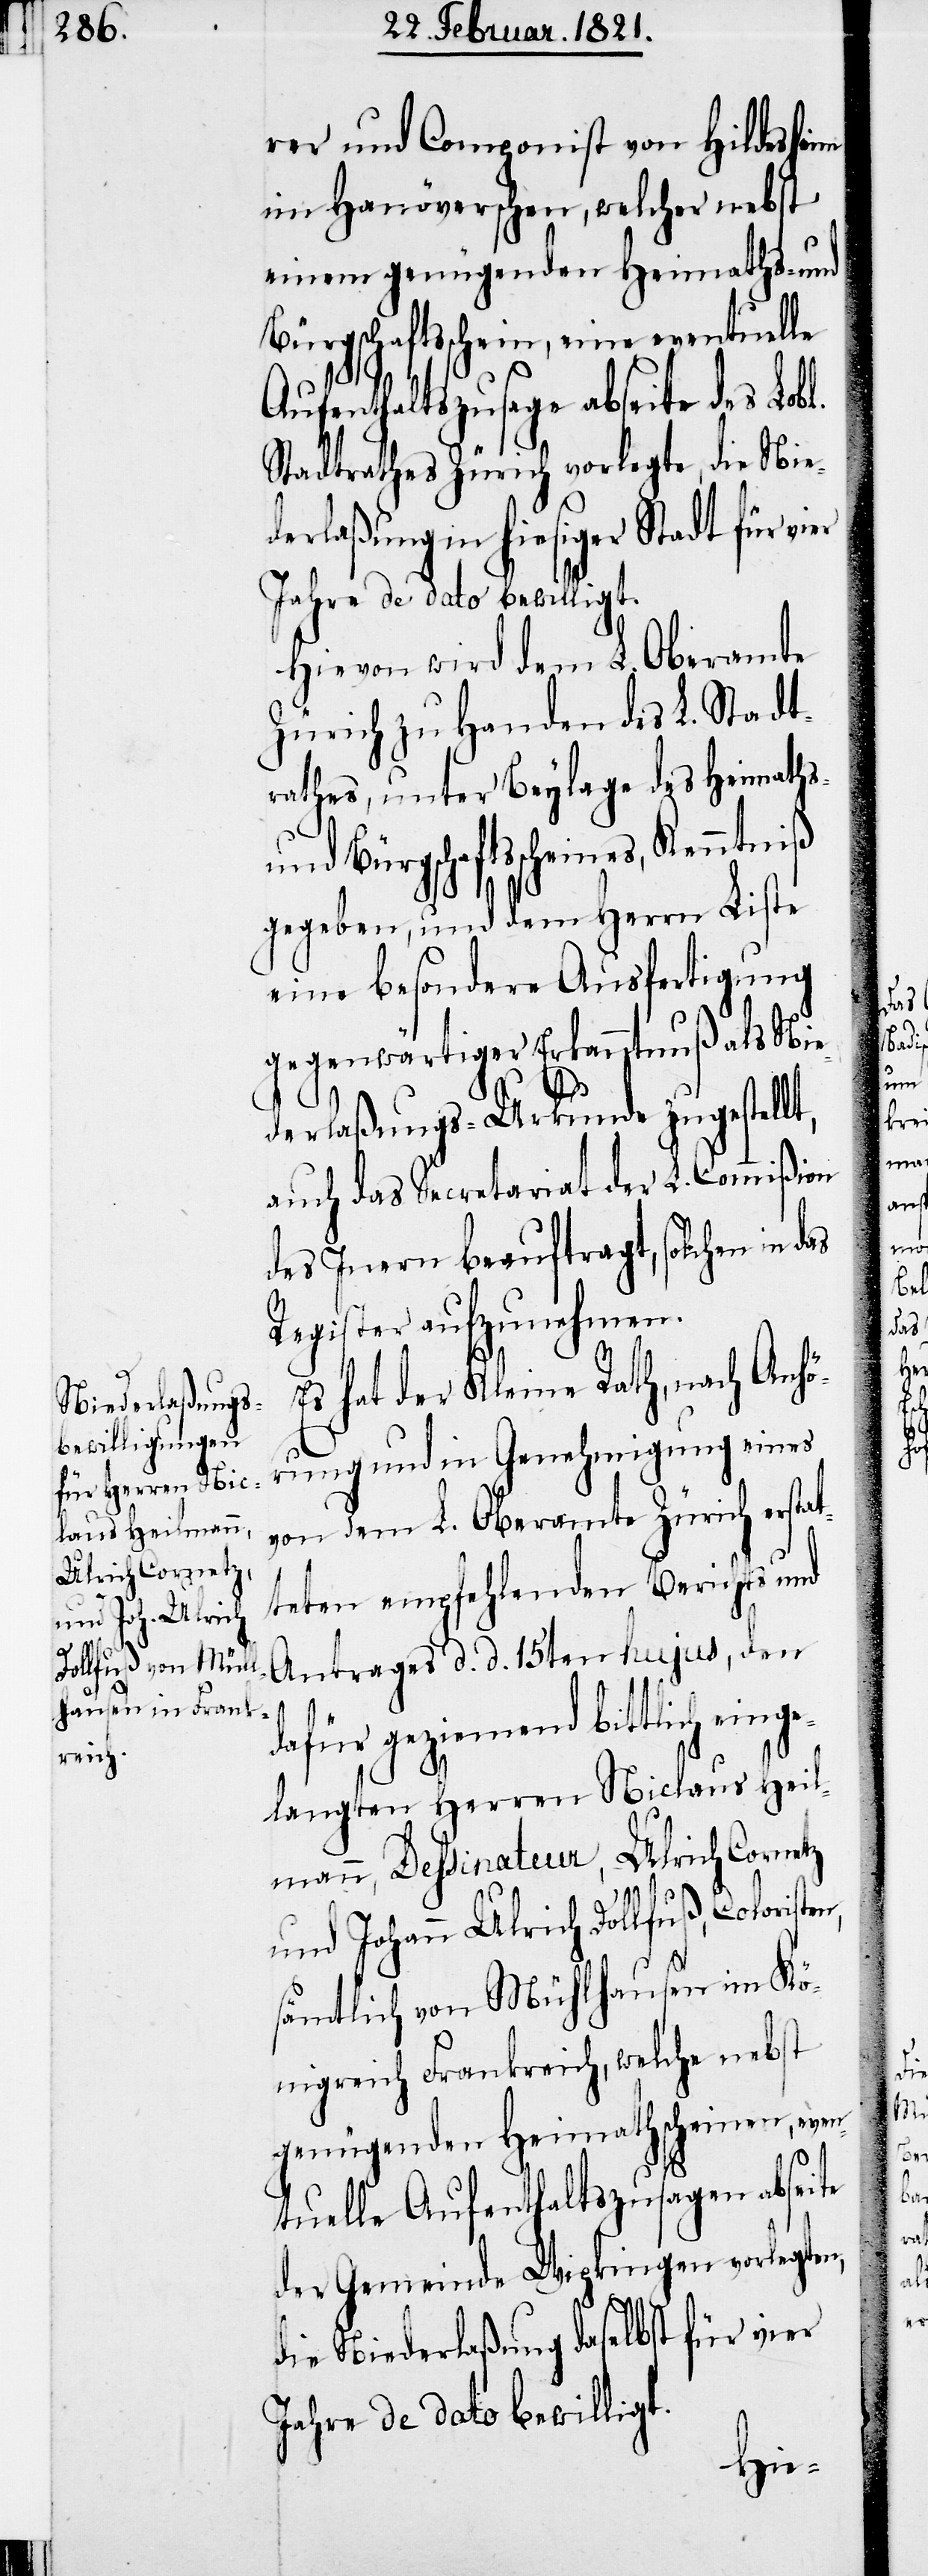
c!]
im Kö¬

rer und Componist von Hildesheim
im Hanöverschen, welcher nebst
einem genügenden Heimaths- und
Bürgschaftsschein, eine eventuelle
Aufenthaltszusage abseite des Lob¬
Stadtrathes Zürich vorlegte, die Nie¬
derlaßung in hiesiger Stadt für vier
Jahre de dato bewilligt.
Hievon wird dem L. Oberamte
Zürich zu Handen des L. Stadt¬
rathes, unter Beylage des Heimaths-
und Bürgschaftsscheines,
gegeben, und dem Herrn Liste
eine besondere Ausfertigung
gegenwärtiger Erkanntnuß als Nie¬
derlaßungs-Urkunde zugestellt,
auch das Secretariat der L. Commißion
des Innern beauftragt, solchen in
Register aufzunehmen.
Es hat der Kleine Rath, nach Anhö¬
rung und in Genehmigung eines
von dem L. Oberamte Zürich ersta¬
tteten empfehlenden Berichts und
Antrages d. d. 15ten hujus, den
dafür geziemend bittlich ein¬
langten Herren Niclaus Heil¬
mann, Dessinateur, Ulrich Cornetz
und Johann Ulrich Dollfuß, Colorist¬
sämtlich von Mühlhausen [si¬
nigreich Frankreich, welche nebst
genügenden Heimathscheinen, even¬
tuelle Aufenthaltszusagen abseite
der Gemeinde Wipkingen vorlegten,
die Niederlaßung daselbst für vier
Jahre de dato bewilligt.